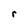
Character: r